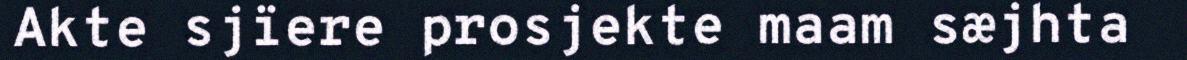
Akte sjïere prosjekte maam sæjhta